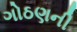
ગોઠણની